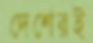
দেশেরই